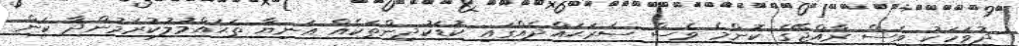
ދުވަހަކު ވެސް ރާއްޖޭގެ ކޮންމެ ވެސް ސަރަޙައްދެއްގައި ކުޑަކުދިންތަކެއް އަނިޔާ ތަޙައްމުލުކުރަމުންދާ ކަން